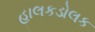
હાલકડોલક